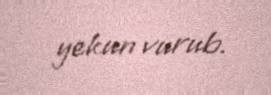
yekun vurub.